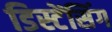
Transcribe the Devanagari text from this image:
डिस्टेंसिंग